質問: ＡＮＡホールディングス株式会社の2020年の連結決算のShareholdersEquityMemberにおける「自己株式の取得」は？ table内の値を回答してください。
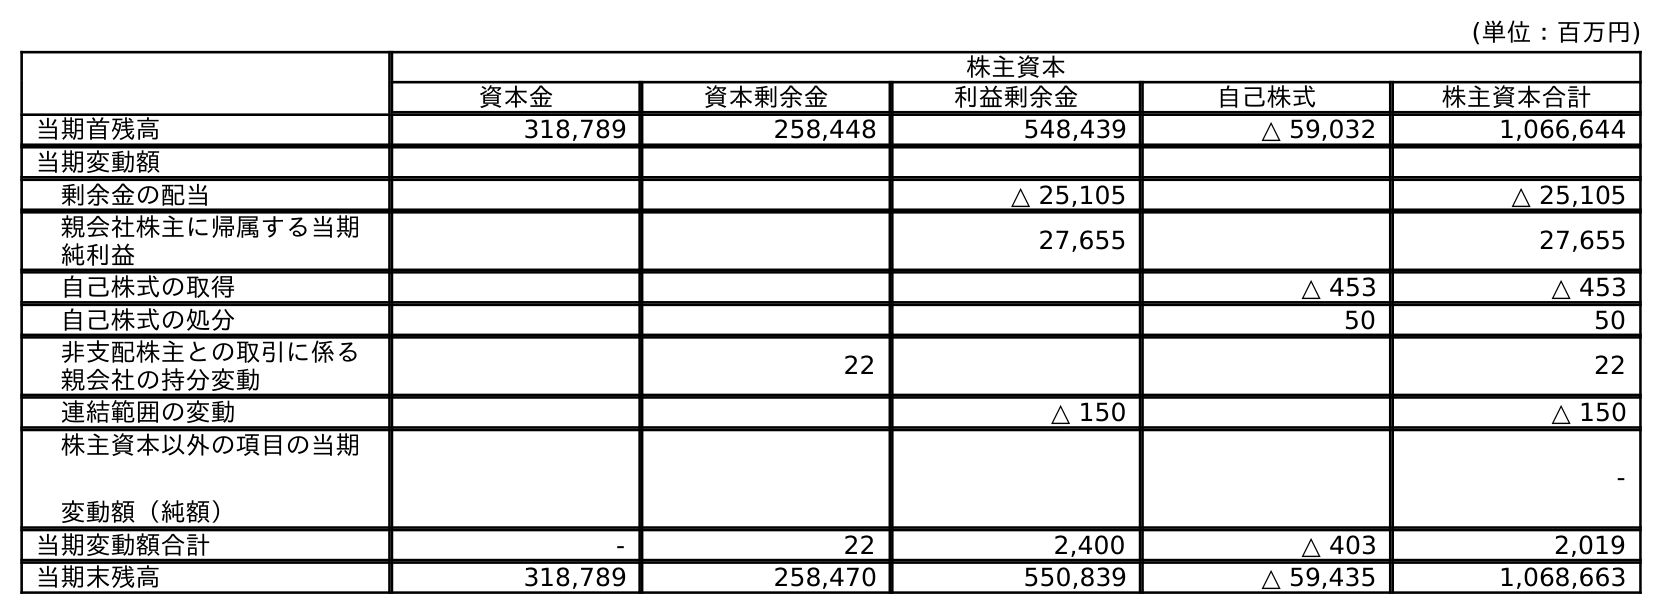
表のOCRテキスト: (単位：百万円) 株主資本 資本金 資本剰余金 利益剰余金 自己株式 株主資本合計 当期首残高 318,789 258,448 548,439 △ 59,032 1,066,644 当期変動額 剰余金の配当 △ 25,105 △ 25,105 親会社株主に帰属する当期 純利益 27,655 27,655 自己株式の取得 △ 453 △ 453 自己株式の処分 50 50 非支配株主との取引に係る 親会社の持分変動 22 22 連結範囲の変動 △ 150 △ 150 株主資本以外の項目の当期 変動額（純額） - 当期変動額合計 - 22 2,400 △ 403 2,019 当期末残高 318,789 258,470 550,839 △ 59,435 1,068,663
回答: △453